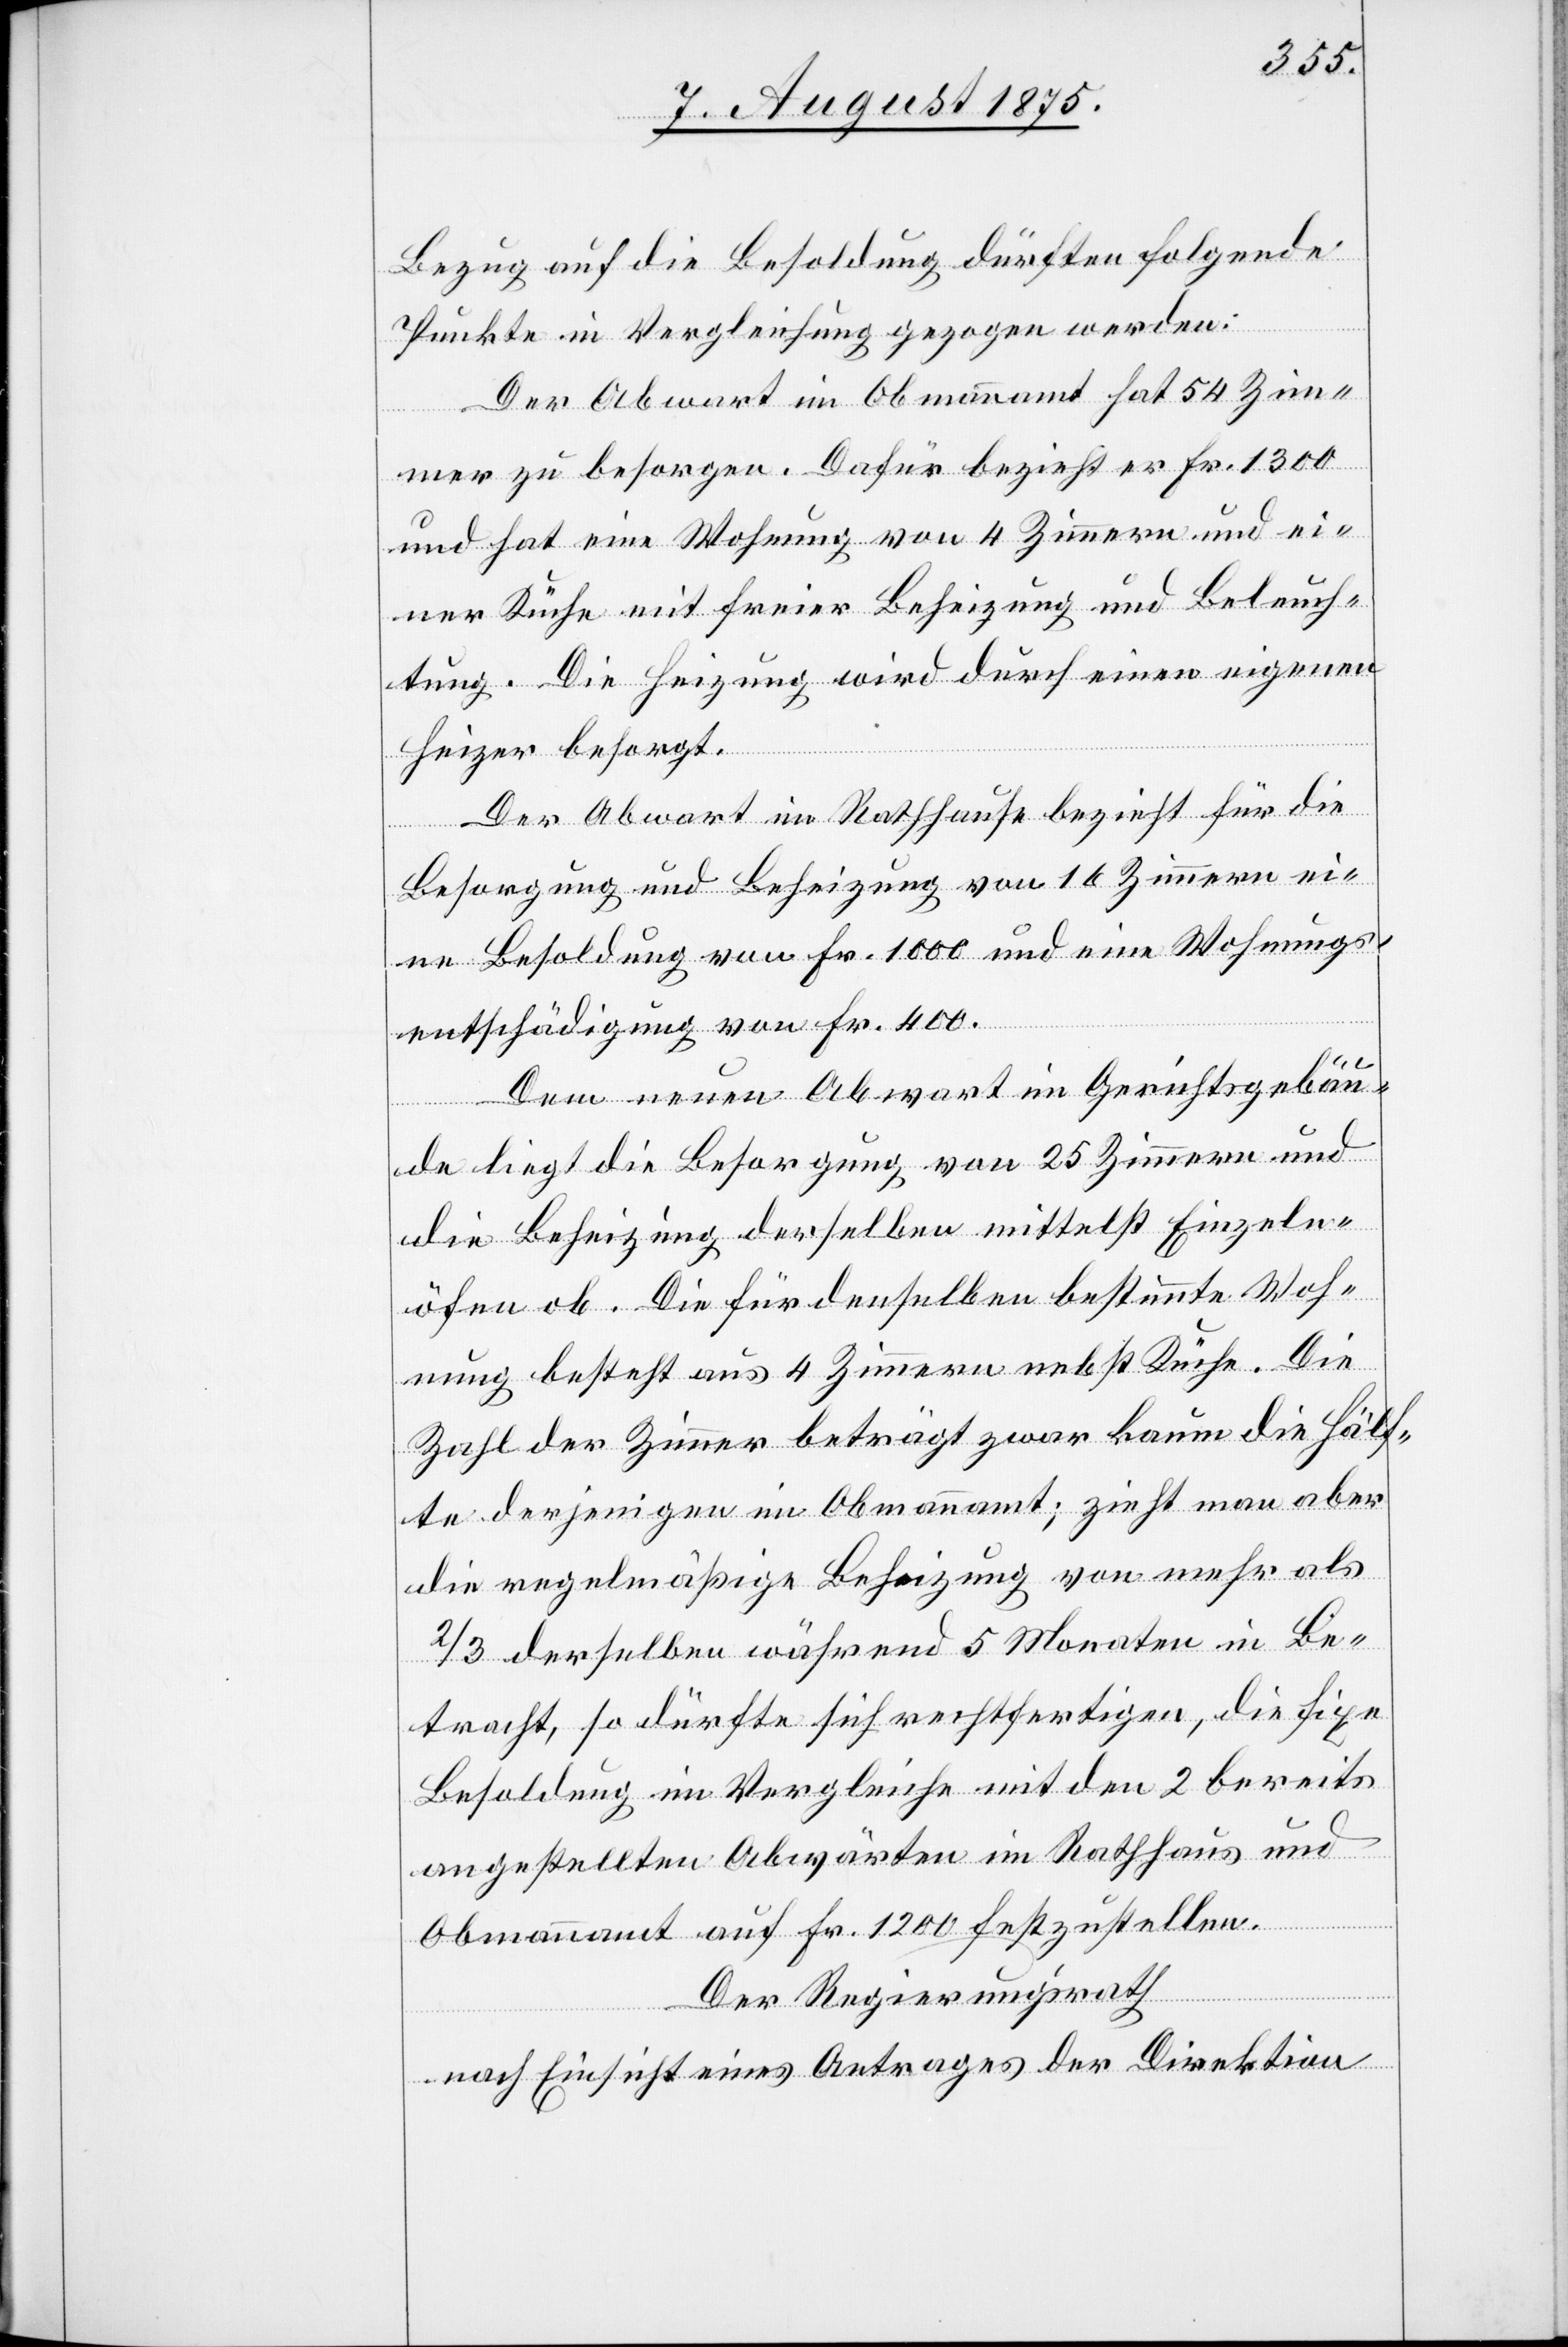
Bezug auf die Besoldung dürften folgende
Punkte in Vergleichung gezogen werden:
Der Abwart im Obmannamt hat 54 Zim¬
mer zu besorgen. Dafür bezieht er Fr. 1300
und hat eine Wohnung von 4 Zimmern und ei¬
ner Küche mit freier Beheizung und Beleuch¬
tung. Die Heizung wird durch einen eigenen
Heizer besorgt.
Der Abwart im Rathhause bezieht für die
Besorgung und Beheizung von 16 Zimmern ei¬
ne Besoldung von Fr. 1000 und eine Wohnungs¬
entschädigung von Fr. 400.
Dem neuen Abwart im Gerichtsgebäu¬
de liegt die Besorgung von 25 Zimmern und
die Beheizung derselben mittelst Einzeln¬
ob. Die für denselben bestimmte Woh¬
nung besteht aus 4 Zimmern nebst Küche. Die
Zahl der Zimmer beträgt zwar kaum die Hälf¬
te derjenigen im Obmannamt; zieht man aber
die regelmäßige Beheizung von mehr als
2/3 derselben während 5 Monaten in Be¬
tracht, so dürfte sich rechtfertigen, die fixe
Besoldung im Vergleiche mit den 2 bereits
angestellten Abwärten im Rathhaus und
öfen
Obmannamt auf Fr. 1200 festzustellen.
Der Regierungsrath
nach Einsicht eines Antrages der Direktion